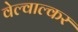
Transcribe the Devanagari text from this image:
वेल्वाल्कर